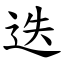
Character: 迭